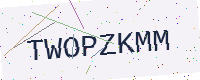
Text: TWOPZKMM